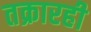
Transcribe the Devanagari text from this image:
तक्रारही